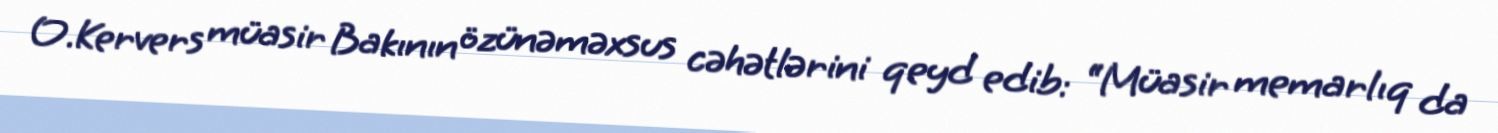
O.Kervers müasir Bakının özünəməxsus cəhətlərini qeyd edib: “Müasir memarlıq da